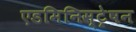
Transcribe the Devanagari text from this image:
एडमिनिस्ट्रेषन